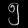
Digit: ၅